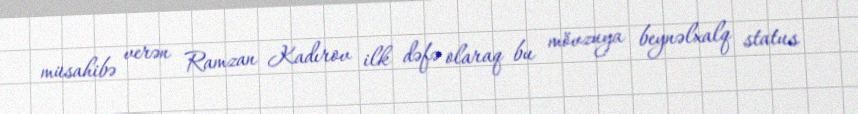
müsahibə verən Ramzan Kadırov ilk dəfə olaraq bu mövzuya beynəlxalq status